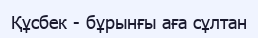
Құсбек - бұрынғы аға сұлтан